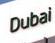
dubai